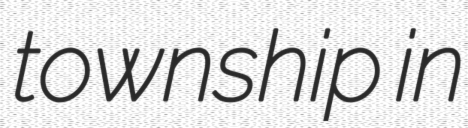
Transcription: township in